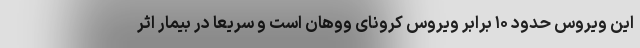
این ویروس حدود ۱۰ برابر ویروس کرونای ووهان است و سریعا در بیمار اثر